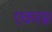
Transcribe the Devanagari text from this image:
एकाम्र